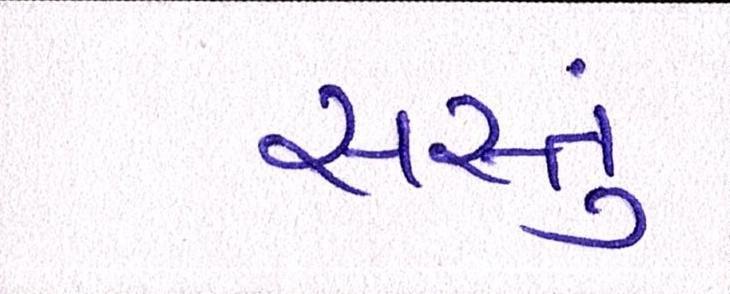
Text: સસ્તું